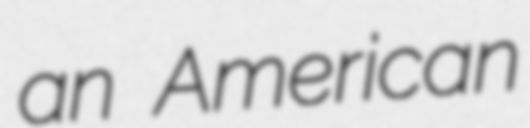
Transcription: an American